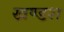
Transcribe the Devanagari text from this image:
खण्डश